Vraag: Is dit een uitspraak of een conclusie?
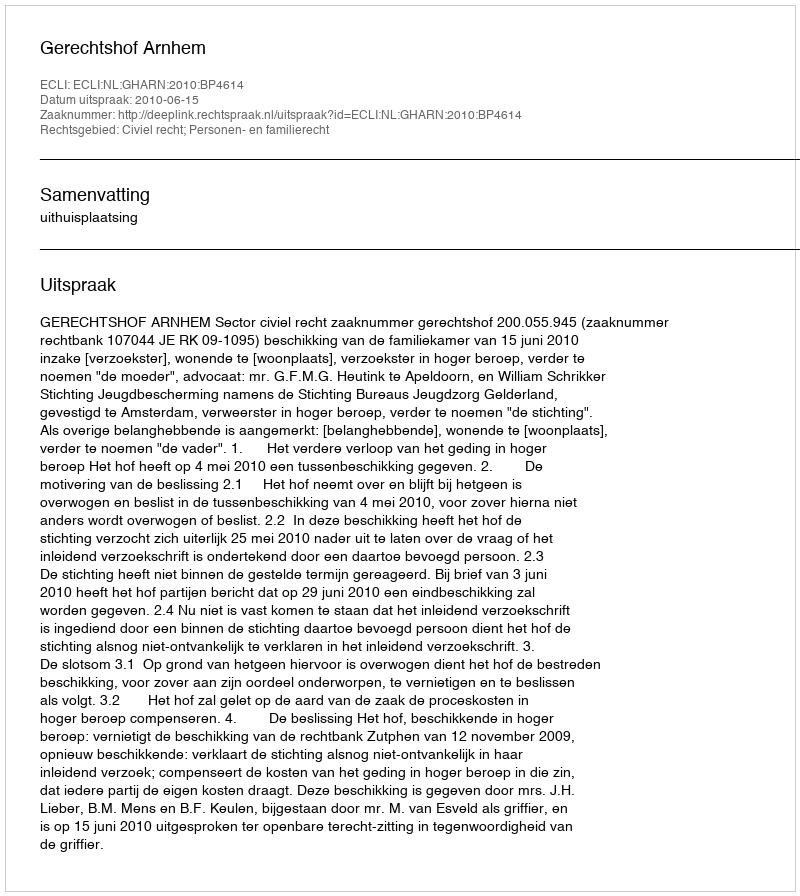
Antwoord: Uitspraak